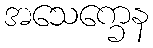
အသေက္ခေန